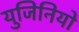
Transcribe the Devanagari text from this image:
युजिनियो